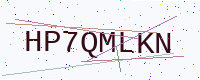
Text: HP7QMLKN